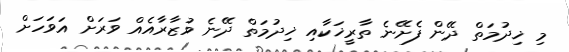
މި ޚިދުމަތް ދޭން ފެށޭނެ ތާރީޚަކާއި ޚިދުމަތް ދޭނެ ވުޒާރާއެއް ވަރަށް އަވަހަށް